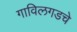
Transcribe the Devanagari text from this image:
गाविलगडचे